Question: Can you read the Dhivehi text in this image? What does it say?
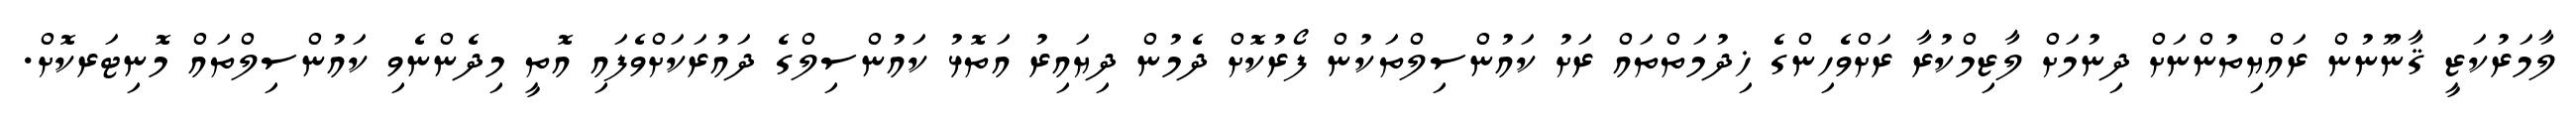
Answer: ލާމަރުކަޒީ ޤާނޫނުން ރައްޔިތުންނަށް ދިނުމަށް ލާޒިމްކުރާ ރަށްވެހިންގެ ޚިދުމަތްތައް ރަށު ކައުންސިލްތަކުން ފޯރުކޮށް ދެމުން ދިޔައިރު އަތޮޅު ކައުންސިލްގެ ދައުރަކަށްވެފައި އޮތީ މިދެންނެވި ކައުންސިލްތައް މޮނިޓަރކޮށް.